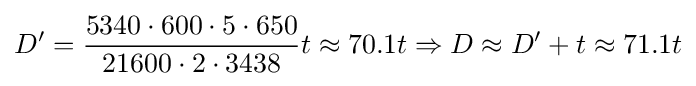
D'={\frac {5340\cdot 600\cdot 5\cdot 650}{21600\cdot 2\cdot 3438}}t\approx 70.1t\Rightarrow D\approx D'+t\approx 71.1t